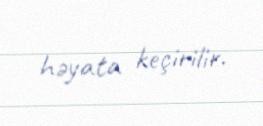
həyata keçirilir.